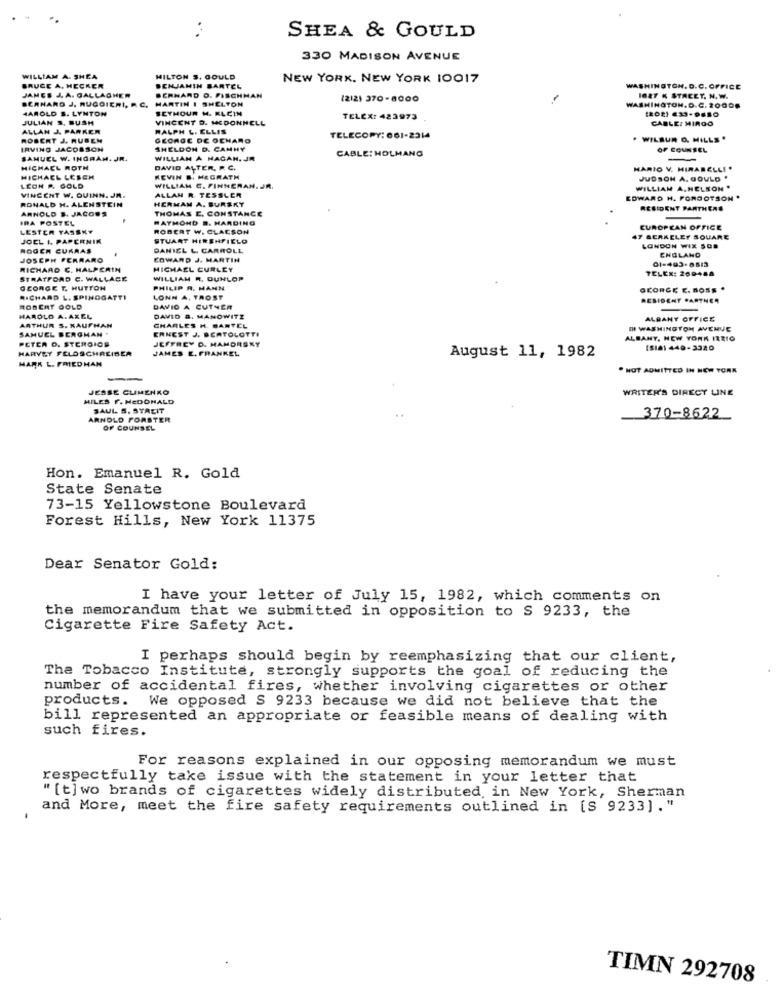
SHEA & GOULD
330 MADISON AVENUE
WILLIAM A. SHEA
MILTON S. GOULD
NEW YORK, NEW YORK 10017
BRUCE A, HECKER
BENJAMIN BARTEL
WASHINGTON, D.C. OFFICE
JAMES J. A. GALLAGHER
MARTIN I SHELTON
BERNARD O. FISCHMAN
1212) 370-8000
1627 K STACET. N. W.
BERNARD J, RUGGIERI, R. C.
HAROLD S. LYNTON
SEYMOUR M. KLCIN
WASHINGTON.D.C. 20000
JULIAN S. BUSH
VINCENT D. MCDONNELL
TELEX: 423973
CABLE: MIRGO
ALLAN J. PARKER
RALPH L. ELLIS
ROBERT J. RUBEN
GEORGE DE OCHARO
TELECOPY: 061-2314
. WILBUR O. MILLS .
IRVING JACOBSON
SHELDON D. CAMHY
CABLE: HOLMANG
OF COUNSEL
SAMUEL W. INGRAM. JR.
WILLIAN A HAGAN, JR
-
MICHAEL ROTH
DAVID ALTER, R. C.
HARIO V. MIRABELLI .
MICHACL LESCH
KEVIN B. HEGRATH
JUDSON A. GOULD .
LEON A. GOLD
WILLIAM C. FINNERAN. JR.
WILLIAM A.NELSON .
RONALD H. ALENSTEIN
VINCENT W. QUINN. JA.
ALLAN R TESSLER
HERMAN A. BURSKY
EDWARD H. FORGOTSON .
ARNOLD S. JACOBS
THOMAS E. CONSTANCE
RESIDENT PANTHERS
IRA POSTEL
RAYMOND .. HARDING
LESTER TASSKY
ROBERT W. CLACSON
EUROPEAN OFFICE
JOEL I. PAPERNIK
STUART HIRENPIELO
47 BERKELEY SQUARE
ROGER CUKRAS
DANIEL L. CARROLL
LONDON WIX SOD
ENGLAND
JOSEPH FERRARO
EDWARD J. MARTIN
01-493-8513
RICHARD C. HALPERIN
MICHAEL CURLEY
TELEX: 269488
STRATFORD C. WALLACE
WILLIAM R. DUNLOP
GEORGE T. HUTTON
PHILIP A. MANN
GEORGE E. BOSS .
RICHARD L. SPINGGATTI
LONN A, TROST
RESIDENT PARTNER
ROBERT GOLD
DAVID A CUTNER
HAROLD A. AXEL
DAVID &. MANOWITZ
ALBANY OFFICE
SAMUEL BERGMAN .
ARTHUR S. KAUFHAN
ERNEST J. BERTOLOTTI
CHARLES H. BARTEL
IH WASHINGTON AVENUE
PETER O. STEROIOS
JEFFREY D. MAMORSKY
ALBANY, NEW YORK ITRIO
HARVEY FELDSCHREIBER
JAMES E. FRANKEL.
[SIa) 449-3320
HARK L. FRIEDMAN
August 11, 1982
. NOT ADMITTED IN NEW YORK
JESSE CLIMENKO
WRITER'S DIRECT LINE
MILES F. MCDONALD
SAUL S. STREIT
ARNOLD FORSTER
370-8622
OF COUNSEL
Hon. Emanuel R. Gold
State Senate
73-15 Yellowstone Boulevard
Forest Hills, New York 11375
Dear Senator Gold:
I have your letter of July 15, 1982, which comments on
the memorandum that we submitted in opposition to S 9233, the
Cigarette Fire Safety Act.
I perhaps should begin by reemphasizing that our client,
The Tobacco Institute, strongly supports the goal of reducing the
number of accidental fires, whether involving cigarettes or other
products. We opposed S 9233 because we did not believe that the
bill represented an appropriate or feasible means of dealing with
such fires.
For reasons explained in our opposing memorandum we must
respectfully take issue with the statement in your letter that
"[t] wo brands of cigarettes widely distributed in New York, Sherman
and More, meet the fire safety requirements outlined in [S 9233]."
TIMN 292708